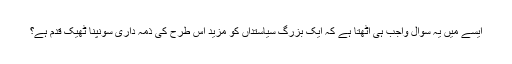
ایسے میں یہ سوال واجب ہی اٹھتا ہے کہ ایک بزرگ سیاستداں کو مزید اس طرح کی ذمہ داری سونپنا ٹھیک قدم ہے؟